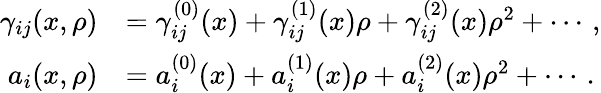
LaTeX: \begin{array}{rl}{\gamma_{ij}(x,\rho)}&{=\gamma_{ij}^{(0)}(x)+\gamma_{ij}^{(1)}(x)\rho+\gamma_{ij}^{(2)}(x)\rho^{2}+\cdots\, ,}\\ {a_{i}(x,\rho)}&{=a_{i}^{(0)}(x)+a_{i}^{(1)}(x)\rho+a_{i}^{(2)}(x)\rho^{2}+\cdots\, .}\end{array}